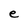
Character: e